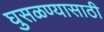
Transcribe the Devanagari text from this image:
घुसळण्यासाठी